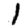
Digit: 1